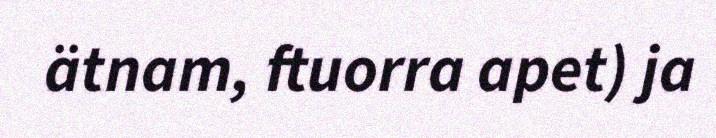
ätnam, ftuorra apet) ja